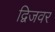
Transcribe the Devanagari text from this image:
द्विजवर